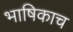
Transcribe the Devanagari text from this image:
भाषिकाच